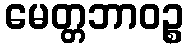
မေတ္တဘာဝဉ္စ